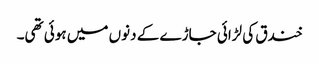
خندق کی لڑائی جاڑے کے دنوں میں ہوئی تھی۔